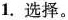
1.选择。